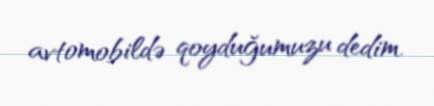
avtomobildə qoyduğumuzu dedim.